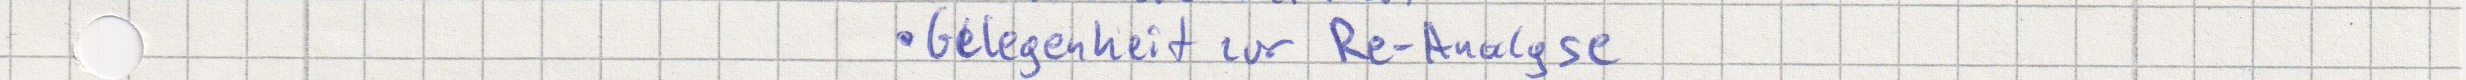
Gelegenheit zur Re-Analyse